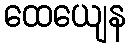
ထေယျေန